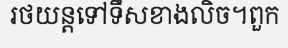
រថយន្តទៅទឹសខាងលិច។ពួក